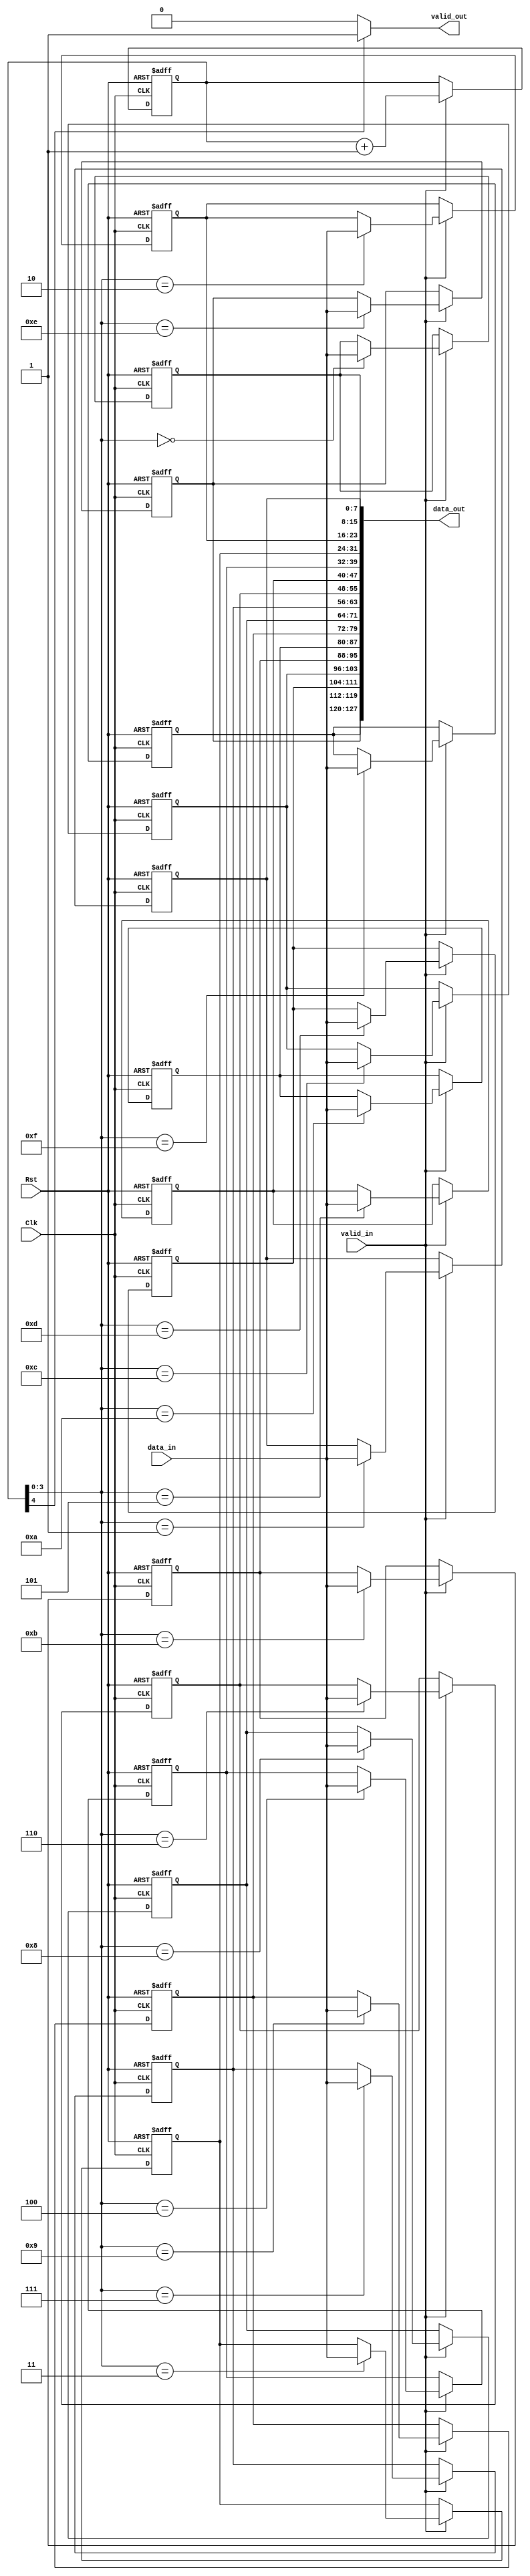
module DataInQueue(Clk, Rst, valid_in, valid_out, data_in, data_out);
    input   Clk, Rst, valid_in;
    input   [7:0] data_in;
    output  valid_out;
    output  [127:0] data_out;

    integer i;

    reg [7:0] Mem [15:0];
    reg [4:0] Counter;

    assign valid_out = (Counter[4]) ? 1'b1 : 1'b0;
    assign data_out = {Mem[15], Mem[14], Mem[13], Mem[12], Mem[11], Mem[10], Mem[9], Mem[8], Mem[7], Mem[6], Mem[5], Mem[4], Mem[3], Mem[2], Mem[1], Mem[0]};

    always @ (posedge Clk or negedge Rst) begin
        if (!Rst) begin
            Counter <= 0;
            for (i = 0; i < 16; i = i + 1) begin
                Mem[i] <= 0;
            end
        end else begin
            if (valid_in) begin
                    Mem[Counter[3:0]] <= data_in;
                    Counter <= Counter + 4'd1; 
            end else begin
                Counter <= Counter;
                for (i = 0; i < 16; i = i + 1) begin
                    Mem[i] <= Mem[i];
                end
            end
        end
    end
endmodule